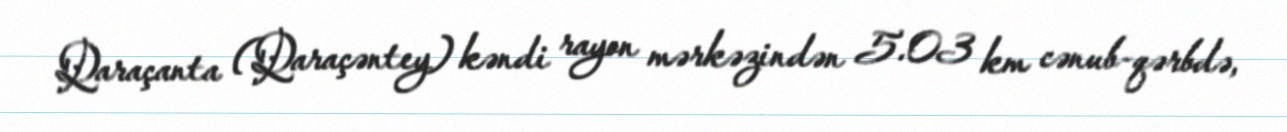
Qaraçanta (Qaraçəntey) kəndi rayon mərkəzindən 5.03 km cənub-qərbdə,